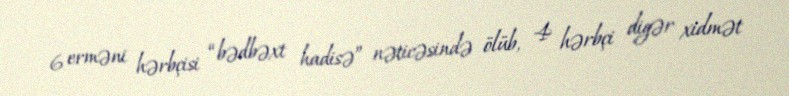
6 erməni hərbçisi “bədbəxt hadisə” nəticəsində ölüb, 4 hərbçi digər xidmət